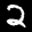
Label: 2